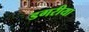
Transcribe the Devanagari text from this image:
डगरीया